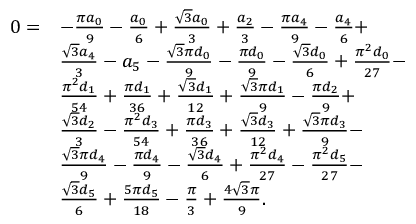
\begin{array} { r l } { 0 = } & { - \frac { \pi a _ { 0 } } { 9 } - \frac { a _ { 0 } } { 6 } + \frac { \sqrt { 3 } a _ { 0 } } { 3 } + \frac { a _ { 2 } } { 3 } - \frac { \pi a _ { 4 } } { 9 } - \frac { a _ { 4 } } { 6 } + } \\ & { \frac { \sqrt { 3 } a _ { 4 } } { 3 } - a _ { 5 } - \frac { \sqrt { 3 } \pi d _ { 0 } } { 9 } - \frac { \pi d _ { 0 } } { 9 } - \frac { \sqrt { 3 } d _ { 0 } } { 6 } + \frac { \pi ^ { 2 } d _ { 0 } } { 2 7 } - } \\ & { \frac { \pi ^ { 2 } d _ { 1 } } { 5 4 } + \frac { \pi d _ { 1 } } { 3 6 } + \frac { \sqrt { 3 } d _ { 1 } } { 1 2 } + \frac { \sqrt { 3 } \pi d _ { 1 } } { 9 } - \frac { \pi d _ { 2 } } { 9 } + } \\ & { \frac { \sqrt { 3 } d _ { 2 } } { 3 } - \frac { \pi ^ { 2 } d _ { 3 } } { 5 4 } + \frac { \pi d _ { 3 } } { 3 6 } + \frac { \sqrt { 3 } d _ { 3 } } { 1 2 } + \frac { \sqrt { 3 } \pi d _ { 3 } } { 9 } - } \\ & { \frac { \sqrt { 3 } \pi d _ { 4 } } { 9 } - \frac { \pi d _ { 4 } } { 9 } - \frac { \sqrt { 3 } d _ { 4 } } { 6 } + \frac { \pi ^ { 2 } d _ { 4 } } { 2 7 } - \frac { \pi ^ { 2 } d _ { 5 } } { 2 7 } - } \\ & { \frac { \sqrt { 3 } d _ { 5 } } { 6 } + \frac { 5 \pi d _ { 5 } } { 1 8 } - \frac { \pi } { 3 } + \frac { 4 \sqrt { 3 } \pi } { 9 } . } \end{array}